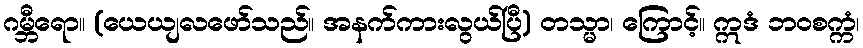
ဂမ္ဘီရော။ (ယေယျလဖော်သည်။ အနက်ကားလွယ်ပြီ) တသ္မာ၊ ကြောင့်။ ဣဒံ ဘဝစက္ကံ၊